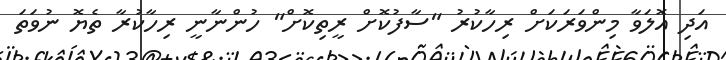
އަދި އޮލަވާ މިންވަރަކަށް ރިހާކުރު "ސާފުކޮށް ރީތިކޮށް" ހުންނާނީ ރިހާކުރާ ތެޔޮ ނުވަތަ